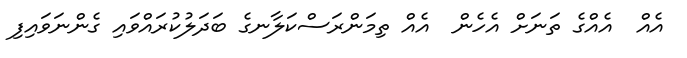
އެއް  އެއްގެ ތަނަށް އެހެން  އެއް ތިމަންރަސްކަލާނގެ ބަދަލުކުރައްވައި ގެންނަވައިފި